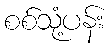
စစ်သုံ့ပန်း